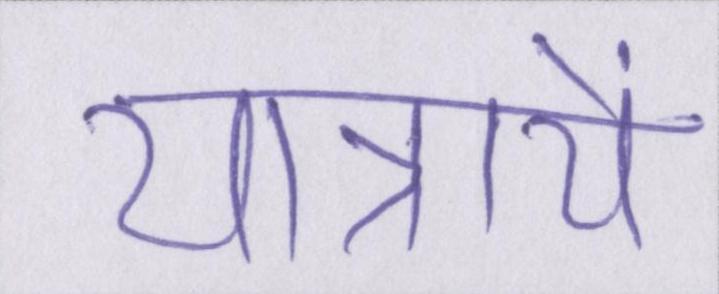
यात्रायें